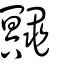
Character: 鼆